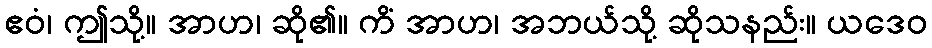
ဧဝံ၊ ဤသို့။ အာဟ၊ ဆို၏။ ကိံ အာဟ၊ အဘယ်သို့ ဆိုသနည်း။ ယဒေဝ